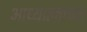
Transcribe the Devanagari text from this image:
आध्यात्माच्या